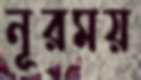
নূরময়